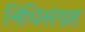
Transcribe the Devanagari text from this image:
निधिसंग्रह